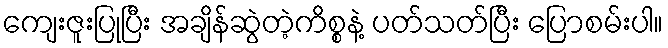
ကျေးဇူးပြုပြီး အချိန်ဆွဲတဲ့ကိစ္စနဲ့ ပတ်သတ်ပြီး ပြောစမ်းပါ။